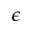
\epsilon